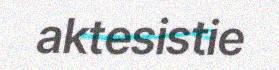
aktesistie